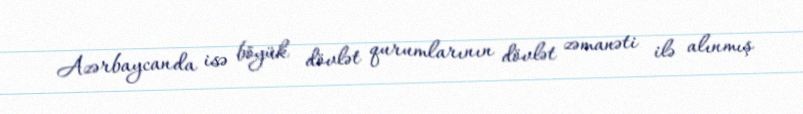
Azərbaycanda isə böyük dövlət qurumlarının dövlət zəmanəti ilə alınmış